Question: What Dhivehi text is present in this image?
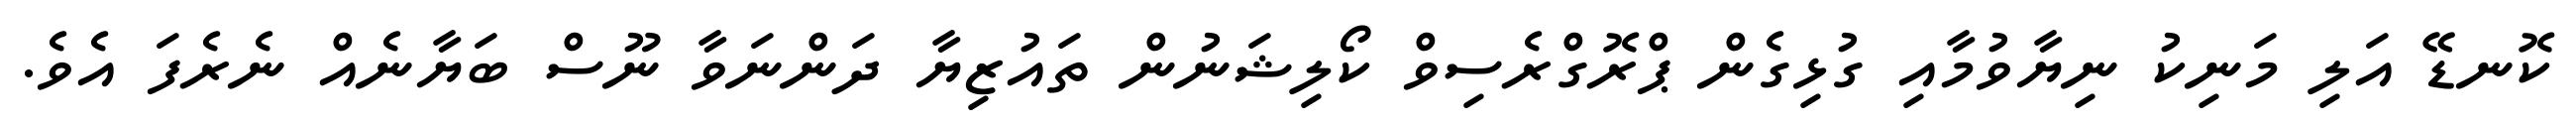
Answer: ކޮނޑޭ އަލި މަނިކު ނިޔާވުމާއި ގުޅިގެން ޕްރޮގްރެސިވް ކޯލިޝަނުން ތައުޒިޔާ ދަންނަވާ ނޫސް ބަޔާނެއް ނެރެފަ އެވެ.